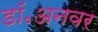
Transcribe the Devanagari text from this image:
डॉ॰अनवर